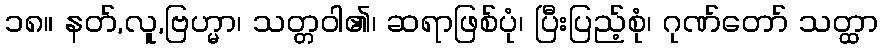
၁၈။ နတ်,လူ,ဗြဟ္မာ၊ သတ္တဝါ၏၊ ဆရာဖြစ်ပုံ၊ ပြီးပြည့်စုံ၊ ဂုဏ်တော် သတ္ထာ